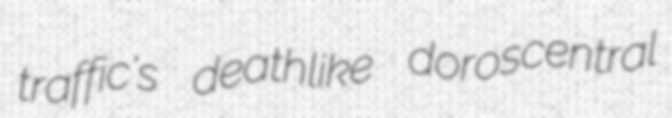
traffic's deathlike doroscentral